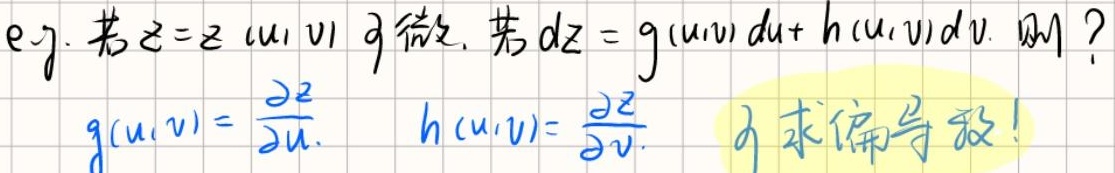
eg. 若$z = z(u,v)$可微, 若$dz = g(u,v)du + h(u,v)dv$, 则 ?
$g(u,v)= \frac{\partial z}{\partial u}, \ \ h(u,v)= \frac{\partial z}{\partial v}$.  求偏导数!